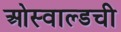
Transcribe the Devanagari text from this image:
ओस्वाल्डची